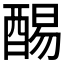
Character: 𲆰